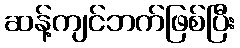
ဆန့်ကျင်ဘက်ဖြစ်ပြီး